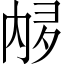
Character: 𫤩